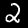
Label: 2